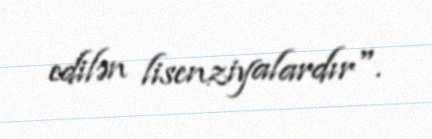
edilən lisenziyalardır".